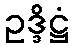
ဥဒ္ဒိဋ္ဌံ